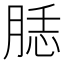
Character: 𦜙